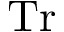
\mathrm { T r }